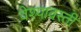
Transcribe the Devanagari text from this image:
वेश्यावस्ती